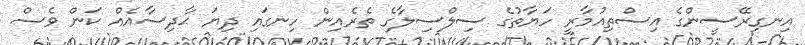
އިނގިރޭސީންގެ އިސްތިއުމާރީ ހަޔާތުގެ ސިލްސިލާގެ ތެރެއިން ހިނގައި ދިޔަ ޙާދިސާއެއް ކަން ވެސް